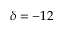
\delta = - 1 2